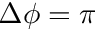
\Delta \phi = \pi